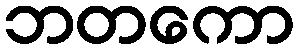
ဘတကော